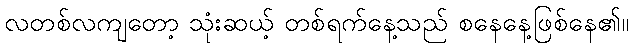
လတစ်လကျတော့ သုံးဆယ့် တစ်ရက်နေ့သည် စနေနေ့ဖြစ်နေ၏။